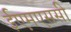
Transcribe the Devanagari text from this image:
ईएमएससी